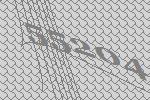
55204